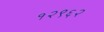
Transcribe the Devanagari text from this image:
१२९६२